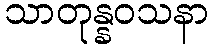
သာတုန္နဝသနာ